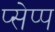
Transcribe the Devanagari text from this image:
प्सेप्प